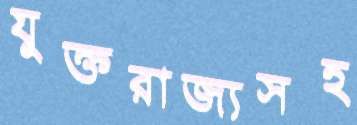
যুক্তরাজ্যসহ